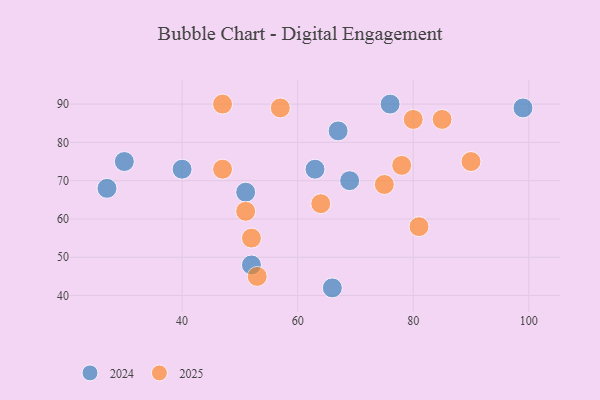
{"axis": {"x": "GDP", "y": "Life Expectancy"}, "legend": ["2024", "2025"], "data": [{"x": "30", "y": 75, "type": "2024"}, {"x": "63", "y": 73, "type": "2024"}, {"x": "99", "y": 89, "type": "2024"}, {"x": "27", "y": 68, "type": "2024"}, {"x": "51", "y": 67, "type": "2024"}, {"x": "67", "y": 83, "type": "2024"}, {"x": "40", "y": 73, "type": "2024"}, {"x": "52", "y": 48, "type": "2024"}, {"x": "69", "y": 70, "type": "2024"}, {"x": "66", "y": 42, "type": "2024"}, {"x": "76", "y": 90, "type": "2024"}, {"x": "52", "y": 55, "type": "2025"}, {"x": "85", "y": 86, "type": "2025"}, {"x": "57", "y": 89, "type": "2025"}, {"x": "53", "y": 45, "type": "2025"}, {"x": "90", "y": 75, "type": "2025"}, {"x": "81", "y": 58, "type": "2025"}, {"x": "51", "y": 62, "type": "2025"}, {"x": "78", "y": 74, "type": "2025"}, {"x": "80", "y": 86, "type": "2025"}, {"x": "47", "y": 90, "type": "2025"}, {"x": "47", "y": 73, "type": "2025"}, {"x": "64", "y": 64, "type": "2025"}, {"x": "75", "y": 69, "type": "2025"}]}